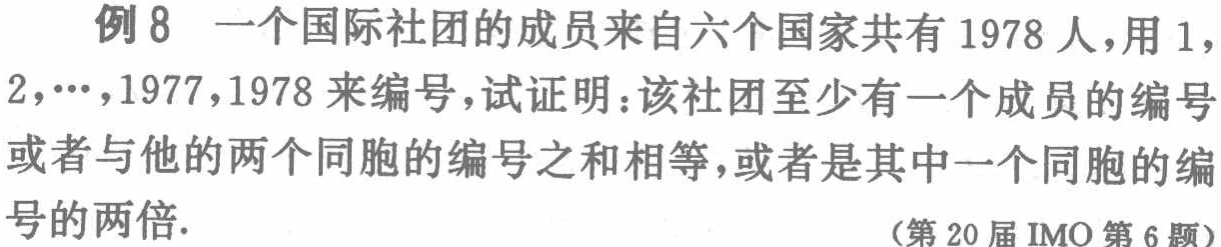
例8 一个国际社团的成员来自六个国家共有 1978 人，用 1,

2,⋯,1977,1978 来编号，试证明：该社团至少有一个成员的编号

或者与他的两个同胞的编号之和相等，或者是其中一个同胞的编

号的两倍.

（第 20 届 IMO 第 6 题）